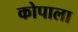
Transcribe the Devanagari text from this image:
कोपाला